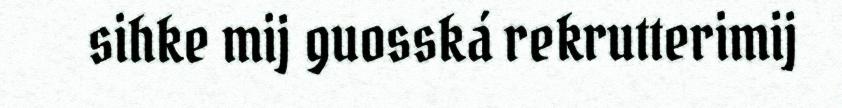
sihke mij guosská rekrutterimij